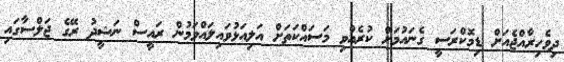
ދިވެހިރާއްޖެއަށް ޑިމޮކްރަސީ ގެނައުމަށް ކުރެއްވި މަސައްކަތަށް އަލިއަޅުވައިލައްވަމުން ރައީސް ނަޝީދު ރޭގެ ޖަލްސާގައި